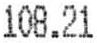
108.21